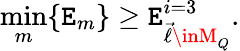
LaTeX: \operatorname*{min}_{m}\{ \mathtt{E}_{m}\} \ge\mathtt{E}_{\vec{{\ell}}\inM_{Q}}^{i=3}.